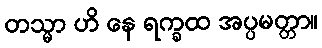
တသ္မာ ဟိ နေ ရက္ခထ အပ္ပမတ္တာ။